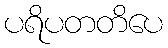
ပရိပတတိပေ